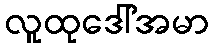
လူထုဒေါ်အမာ